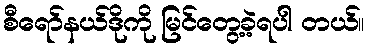
စီရော်နယ်ဒိုကို မြင်တွေ့ခဲ့ရပါ တယ်။